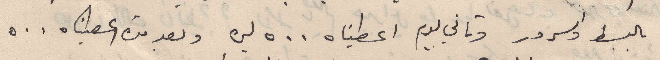
بالبسط والسرور وتاني يوم اعطيناه ٥٠٠ ليرة وبعد مدة اعطيناه ٥٠٠